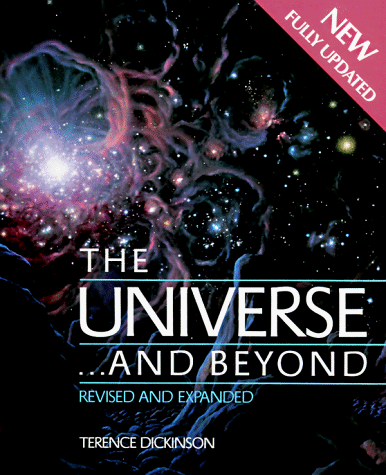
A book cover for The Universe...and Beyond; Terence Dickinson; Sports & Outdoors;